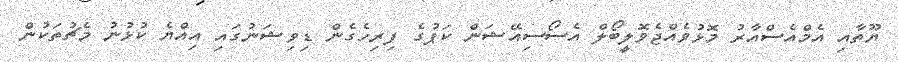
ޔޫތާއި އެމްއެސްއާރު މޮޅުވެއްޖެވޮލީބޯލް އެސޯސިއޭޝަން ކަޕުގެ ފިރިހެގެން ޑިވިޝަނުގައި އިއްޔެ ކުޅުނު މެޗުތަކުން